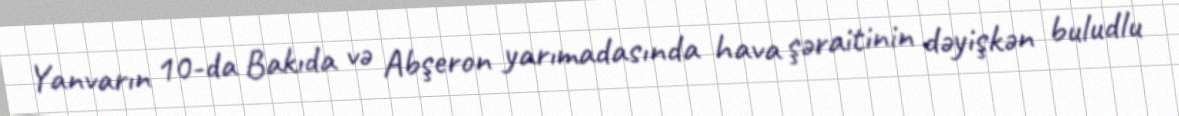
Yanvarın 10-da Bakıda və Abşeron yarımadasında hava şəraitinin dəyişkən buludlu